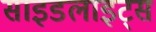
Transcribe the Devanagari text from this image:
साइडलाइट्स